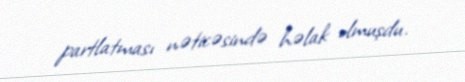
partlatması nəticəsində həlak olmuşdu.